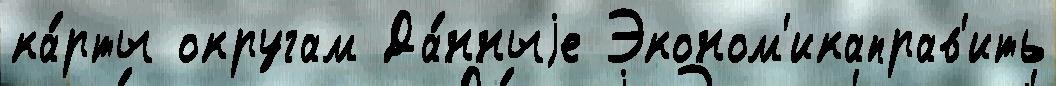
ка́рты округам Да́нныjе Эконом'икаправ'ить